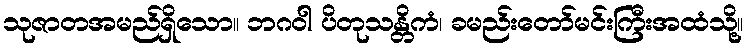
သုဇာတအမည်ရှိသော။ ဘဂဝါ ပိတုသန္တိကံ၊ ခမည်းတော်မင်းကြီးအထံသို့။